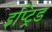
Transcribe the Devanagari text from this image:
इप्ट्रिड